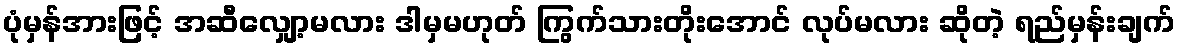
ပုံမှန်အားဖြင့် အဆီလျှော့မလား ဒါမှမဟုတ် ကြွက်သားတိုးအောင် လုပ်မလား ဆိုတဲ့ ရည်မှန်းချက်